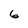
Character: 6